Lunatic asylums Bombay report 1878-1890 - 1878-1890
Year: 1878
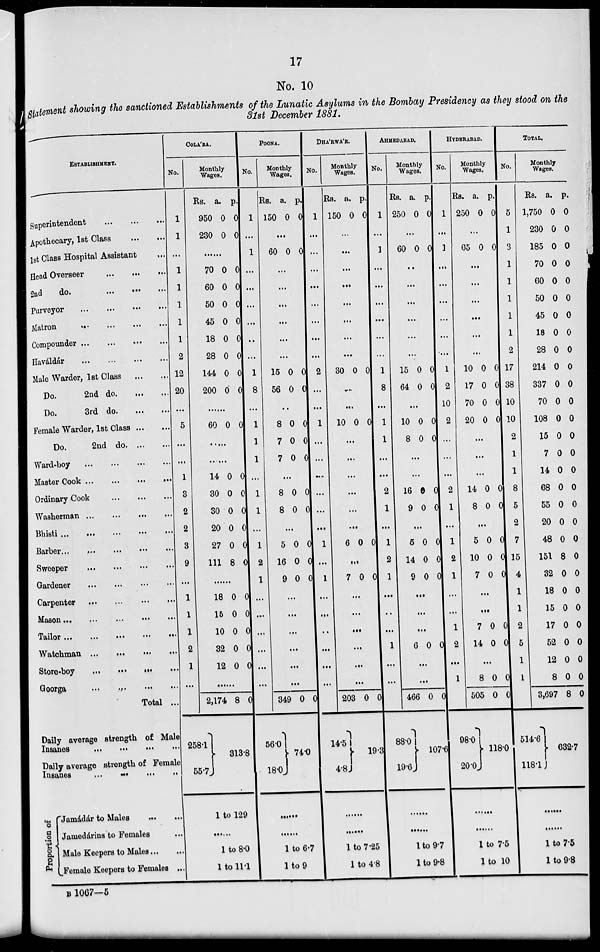
17
No. 10
Statement showing the sanctioned Establishments of the Lunatic Asylums in the Bombay Presidency as they stood on the
31st December 1881.
ESTABLISHMENT.
Superintendent
...
...
...
Apothecary, 1st Class
...
...
1st Class Hospital Assistant ...
Head Overseer
...
...
...
2nd
do.
...
...
...
purveyor
...
...
...
...
Matron
...
...
...
...
Compounder
...
...
...
...
Haváldár
...
...
...
...
Male Warder, 1st Class
...
...
Do.
2nd do. ... ...
Do.
3rd do
...
...
Female Warder, 1st Class
...
...
Do.
2nd do ... ...
Ward-boy
...
...
...
...
Master Cook
...
...
...
...
Ordinary Cook ... ... ...
Washerman
...
...
...
...
Bhisti
...
...
...
...
...
Barber
...
...
...
...
...
Sweeper
...
...
...
...
Gardener
...
...
...
...
Carpenter ... ... ... ...
Mason
...
...
...
...
...
Tailor
...
...
...
...
...
Watchman
...
...
...
...
Store-boy
...
...
...
...
Goorga
...
...
...
...
Total ...
COLA' RA.
No.
1
1
...
1
1
1
1
1
2
12
20
...
5
...
...
1
3
2
2
3
9
...
1
1
1
2
1
...
Monthly
Wages.
Rs.
950
230
a.
0
0
p.
0
0
...
70
60
50
45
18
28
144
200
0
0
0
0
0
0
0
0
0
0
0
0
0
0
0
0
...
60 0 0
...
...
14
30
30
20
27
111
0
0
0
0
0
8
0
0
0
0
0
0
......
18
15
10
32
12
0
0
0
0
0
0
0
0
0
0
......
2,174 8 0
POONA.
No.
1
...
1
...
...
...
...
...
...
1
8
...
1
1
1
...
1
1
...
1
2
1
...
...
...
...
...
...
Monthly
Wages.
Rs.
150
a.
0
p.
0
...
60 0 0
...
...
...
...
...
...
15
56
0
0
0
0
...
8
7
7
0
0
0
0
0
0
...
8
8
0
0
0
0
...
5
16
9
0
0
0
0
0
0
...
...
...
...
...
...
349 0 0
DHA'RWA'R.
No.
1
...
...
...
...
...
...
...
...
2
...
...
1
...
...
...
...
...
...
1
...
1
...
...
...
...
...
...
Monthly
Wages.
Rs.
150
a.
0
p.
0
...
...
...
...
...
...
...
...
30 0 0
...
...
10 0 0
...
...
...
...
...
...
6 0 0
...
7 0 0
...
...
...
...
...
...
203 0 0
AHMEDABAD.
No.
1
...
1
...
...
...
...
...
...
1
8
...
1
1
...
...
2
1
...
1
2
1
...
...
...
1
...
...
Monthly
Wages.
Rs.
250
a.
0
p.
0
...
60 0 0
...
...
...
...
...
...
15
64
0
0
0
0
...
10
8
0
0
0
0
...
...
16
9
0
0
0
0
...
5
14
9
0
0
0
0
0
0
...
...
...
6 0 0
...
...
466 0 0
HYDERABAD.
No.
1
...
1
...
...
...
...
...
...
1
2
10
2
...
...
...
2
1
...
1
2
1
...
...
1
2
...
1
Monthly
Wages.
Rs.
250
a.
0
p.
0
...
65 0 0
...
...
...
...
...
...
10
17
70
20
0
0
0
0
0
0
0
0
...
...
...
14
8
0
0
0
0
...
5
10
7
0
0
0
0
0
0
...
...
7
14
0
0
0
0
...
8
505
0
0
0
0
TOTAL.
No.
5
1
3
1
1
1
1
1
2
17
38
10
10
2
1
1
8
5
2
7
15
4
1
1
2
5
1
1
Monthly
Wages.
Rs.
1,750
230
185
70
60
50
45
18
28
214
337
70
108
15
7
14
68
55
20
48
151
32
18
15
17
52
12
8
3,697
a.
0
0
0
0
0
0
0
0
0
0
0
0
0
0
0
0
0
0
0
0
8
0
0
0
0
0
0
0
8
p.
0
0
0
0
0
0
0
0
0
0
0
0
0
0
0
0
0
0
0
0
0
0
0
0
0
0
0
0
0
Daily average strength of Male
Insanes
...
...
...
...
Daily average strength of Female
Insanes ... ... ... ...
Proportion of
Jamádár to Males
...
...
Jamedárins to Females ...
Male Keepers to Males ... ...
Female Keepers to Females ...
258.1
55.7
313.8
1 to 129
......
1 to 8.0
1 to 11.1
56.0
18.0
74.0
......
......
1 to 6.7
1
to 9
14.5
4.8
19.3
.....
.....
1 to 7.25
1 to 4.8
88.0
19.6
107.6
......
1 to 9.7
1 to 9.8
98.0
20.0
118.0
......
1 to 7.5
1 to 10
514.6
118.1
632.7
......
......
1 to 7.5
1 to 9.8
B 1067—5